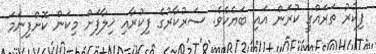
ފިކުރު ތަރައްގީ ކުރަން އައި ބަޔެކެވެ. ސަރުކާރުގެ ފިކުރާއި ޚިލާފަށް މިކަން ކޮށްފިނަމަ